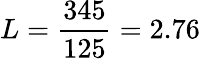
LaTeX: L=\frac{345}{125}=2.76